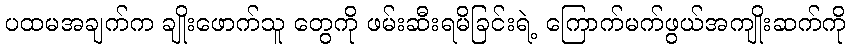
ပထမအချက်က ချိုးဖောက်သူ တွေကို ဖမ်းဆီးရမိခြင်းရဲ့ ကြောက်မက်ဖွယ်အကျိုးဆက်ကို